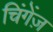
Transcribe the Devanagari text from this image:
चिंगेंज़